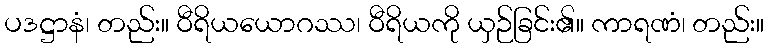
ပဒဋ္ဌာနံ၊ တည်း။ ဝီရိယယောဂဿ၊ ဝီရိယကို ယှဉ်ခြင်း၏။ ကာရဏံ၊ တည်း။